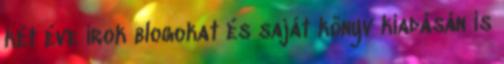
két éve írok blogokat és saját könyv kiadásán is